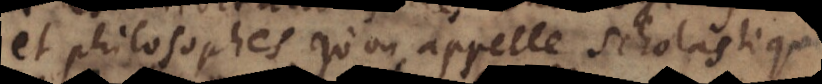
des philosophes qu’on appelle scholastiques